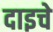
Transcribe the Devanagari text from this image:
दाइचे